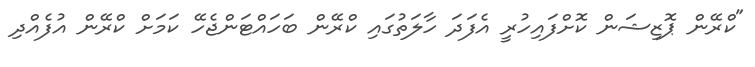
"ކްރޭން ޕޮޒިޝަން ކޮށްފައިހުރީ އެފަދަ ހާލަތުގައި ކްރޭން ބަހައްޓަންޖެހޭ ކަމަށް ކްރޭން އުފެއްދި